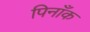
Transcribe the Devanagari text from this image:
पिनाँक